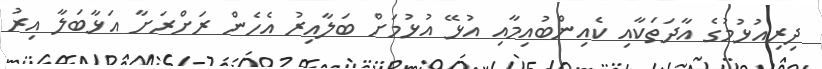
ދިރިއުޅުމުގެ އާދަތަކާއި ކެއިންބުއިމާއި އުޅޭ އުޅުމަށް ބަލާއިރު އެހެން ރަށްރަށާ އަޅާބަލާ އިރު